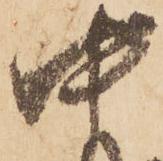
中